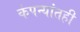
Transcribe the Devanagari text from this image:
कंपन्यांतही